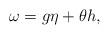
LaTeX: \begin{align*} \omega=g\eta+\theta h, \end{align*}